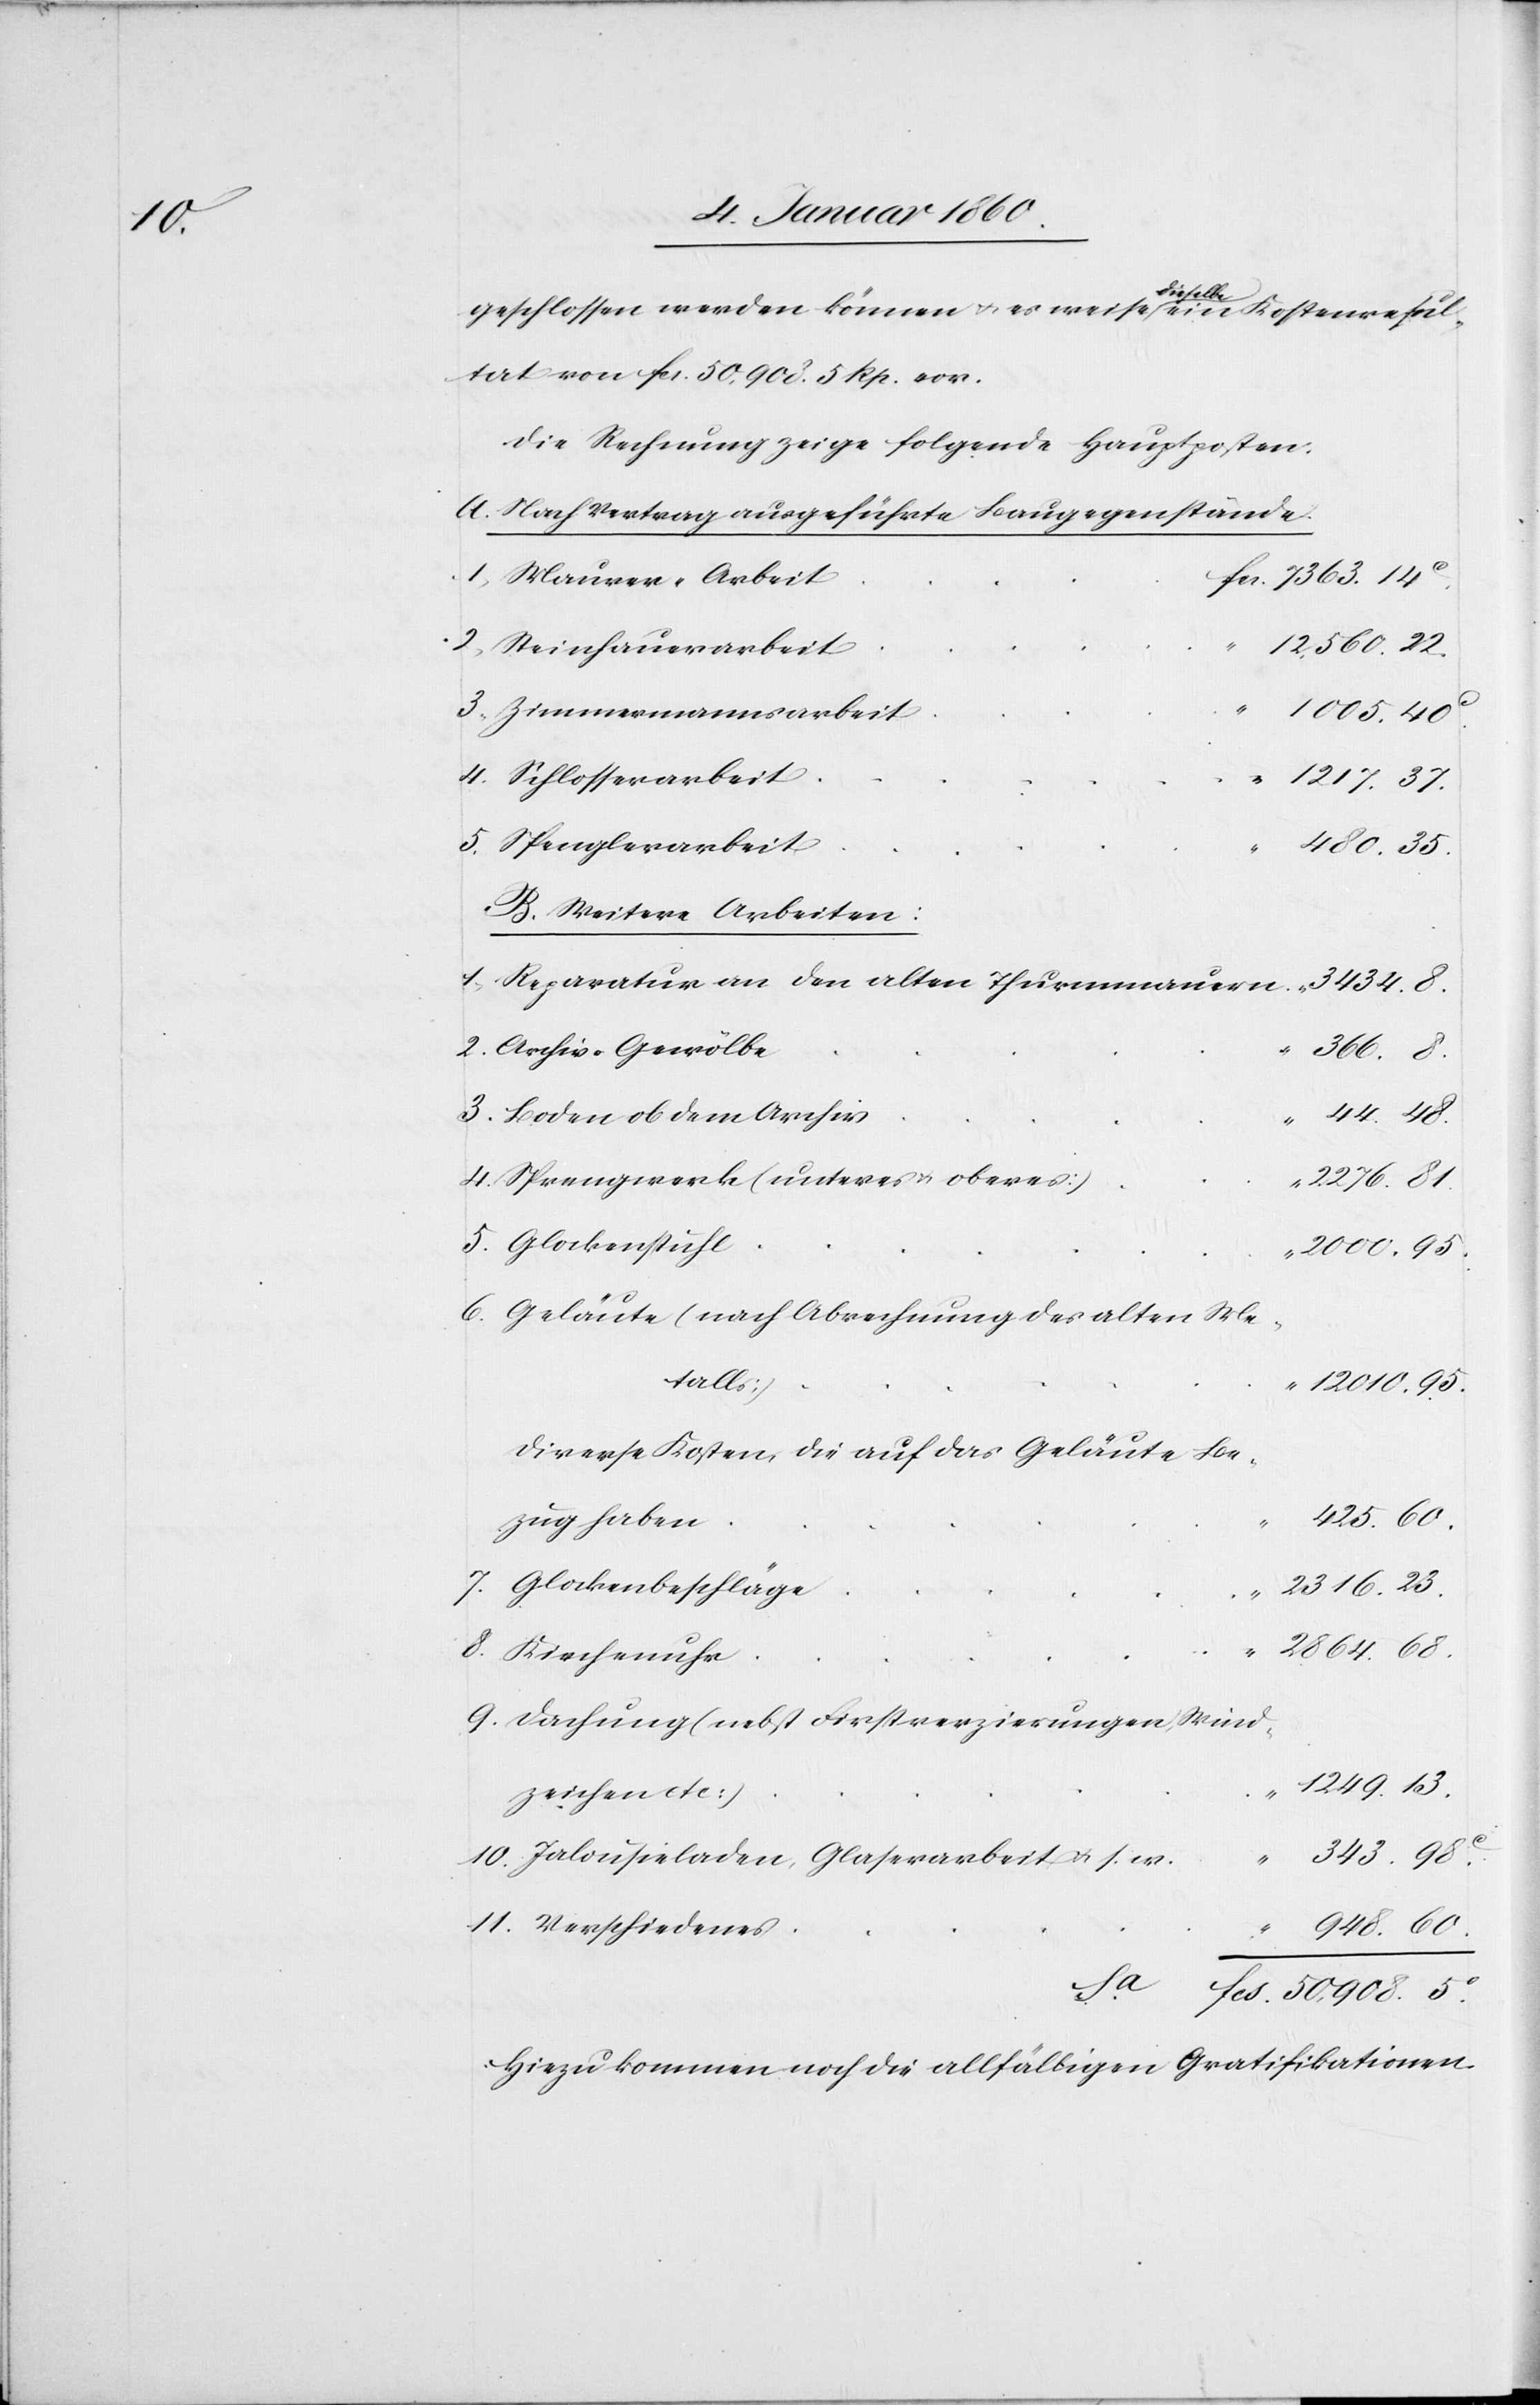
60.

geschlossen werden können u. es weise dieselbe ein Kostenresul¬
tat von fr. 50,903. 5. Rp. vor.
Die Rechnung zeige folgende Hauptosten:
A. Nach Vertrag ausgeführte Baugegenstände.
1. Maurer-Arbeit
2. Steinhauerarbeit
3. Zimmermannsarbeit
4. Schlosserarbeit
5. Spenglerarbeit
B. Weitere Arbeiten:
1. Reparatur an den alten Thurmmauern
2. Archiv-Gewölbe
366.
3. Boden ob dem Archiv.
4. Sprengwerk (unteres u. oberes
2316.
5. Glockenstuhl
6. Geläute (nach Abrechnung des alten Me¬
talls)
diverse Kosten die auf das Geläut Be¬
zug haben
7. Glockenbeschläge
8. Kirchenuhr
9. Dachung (nebst Firstverzierungen, Wind¬
zeichen etc.
10. Jalousieladen, Glaserarbeit u. s. w.
3434.
5.
11. Verschiedenes
12,560.
Hiezu kommen auf die allfälligen Gratifikationen